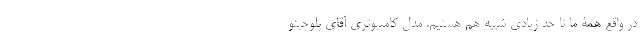
در واقع همۀ ما تا حد زیادی شبیه هم هستیم. مدل کامپیوتری آقای پلوچینو